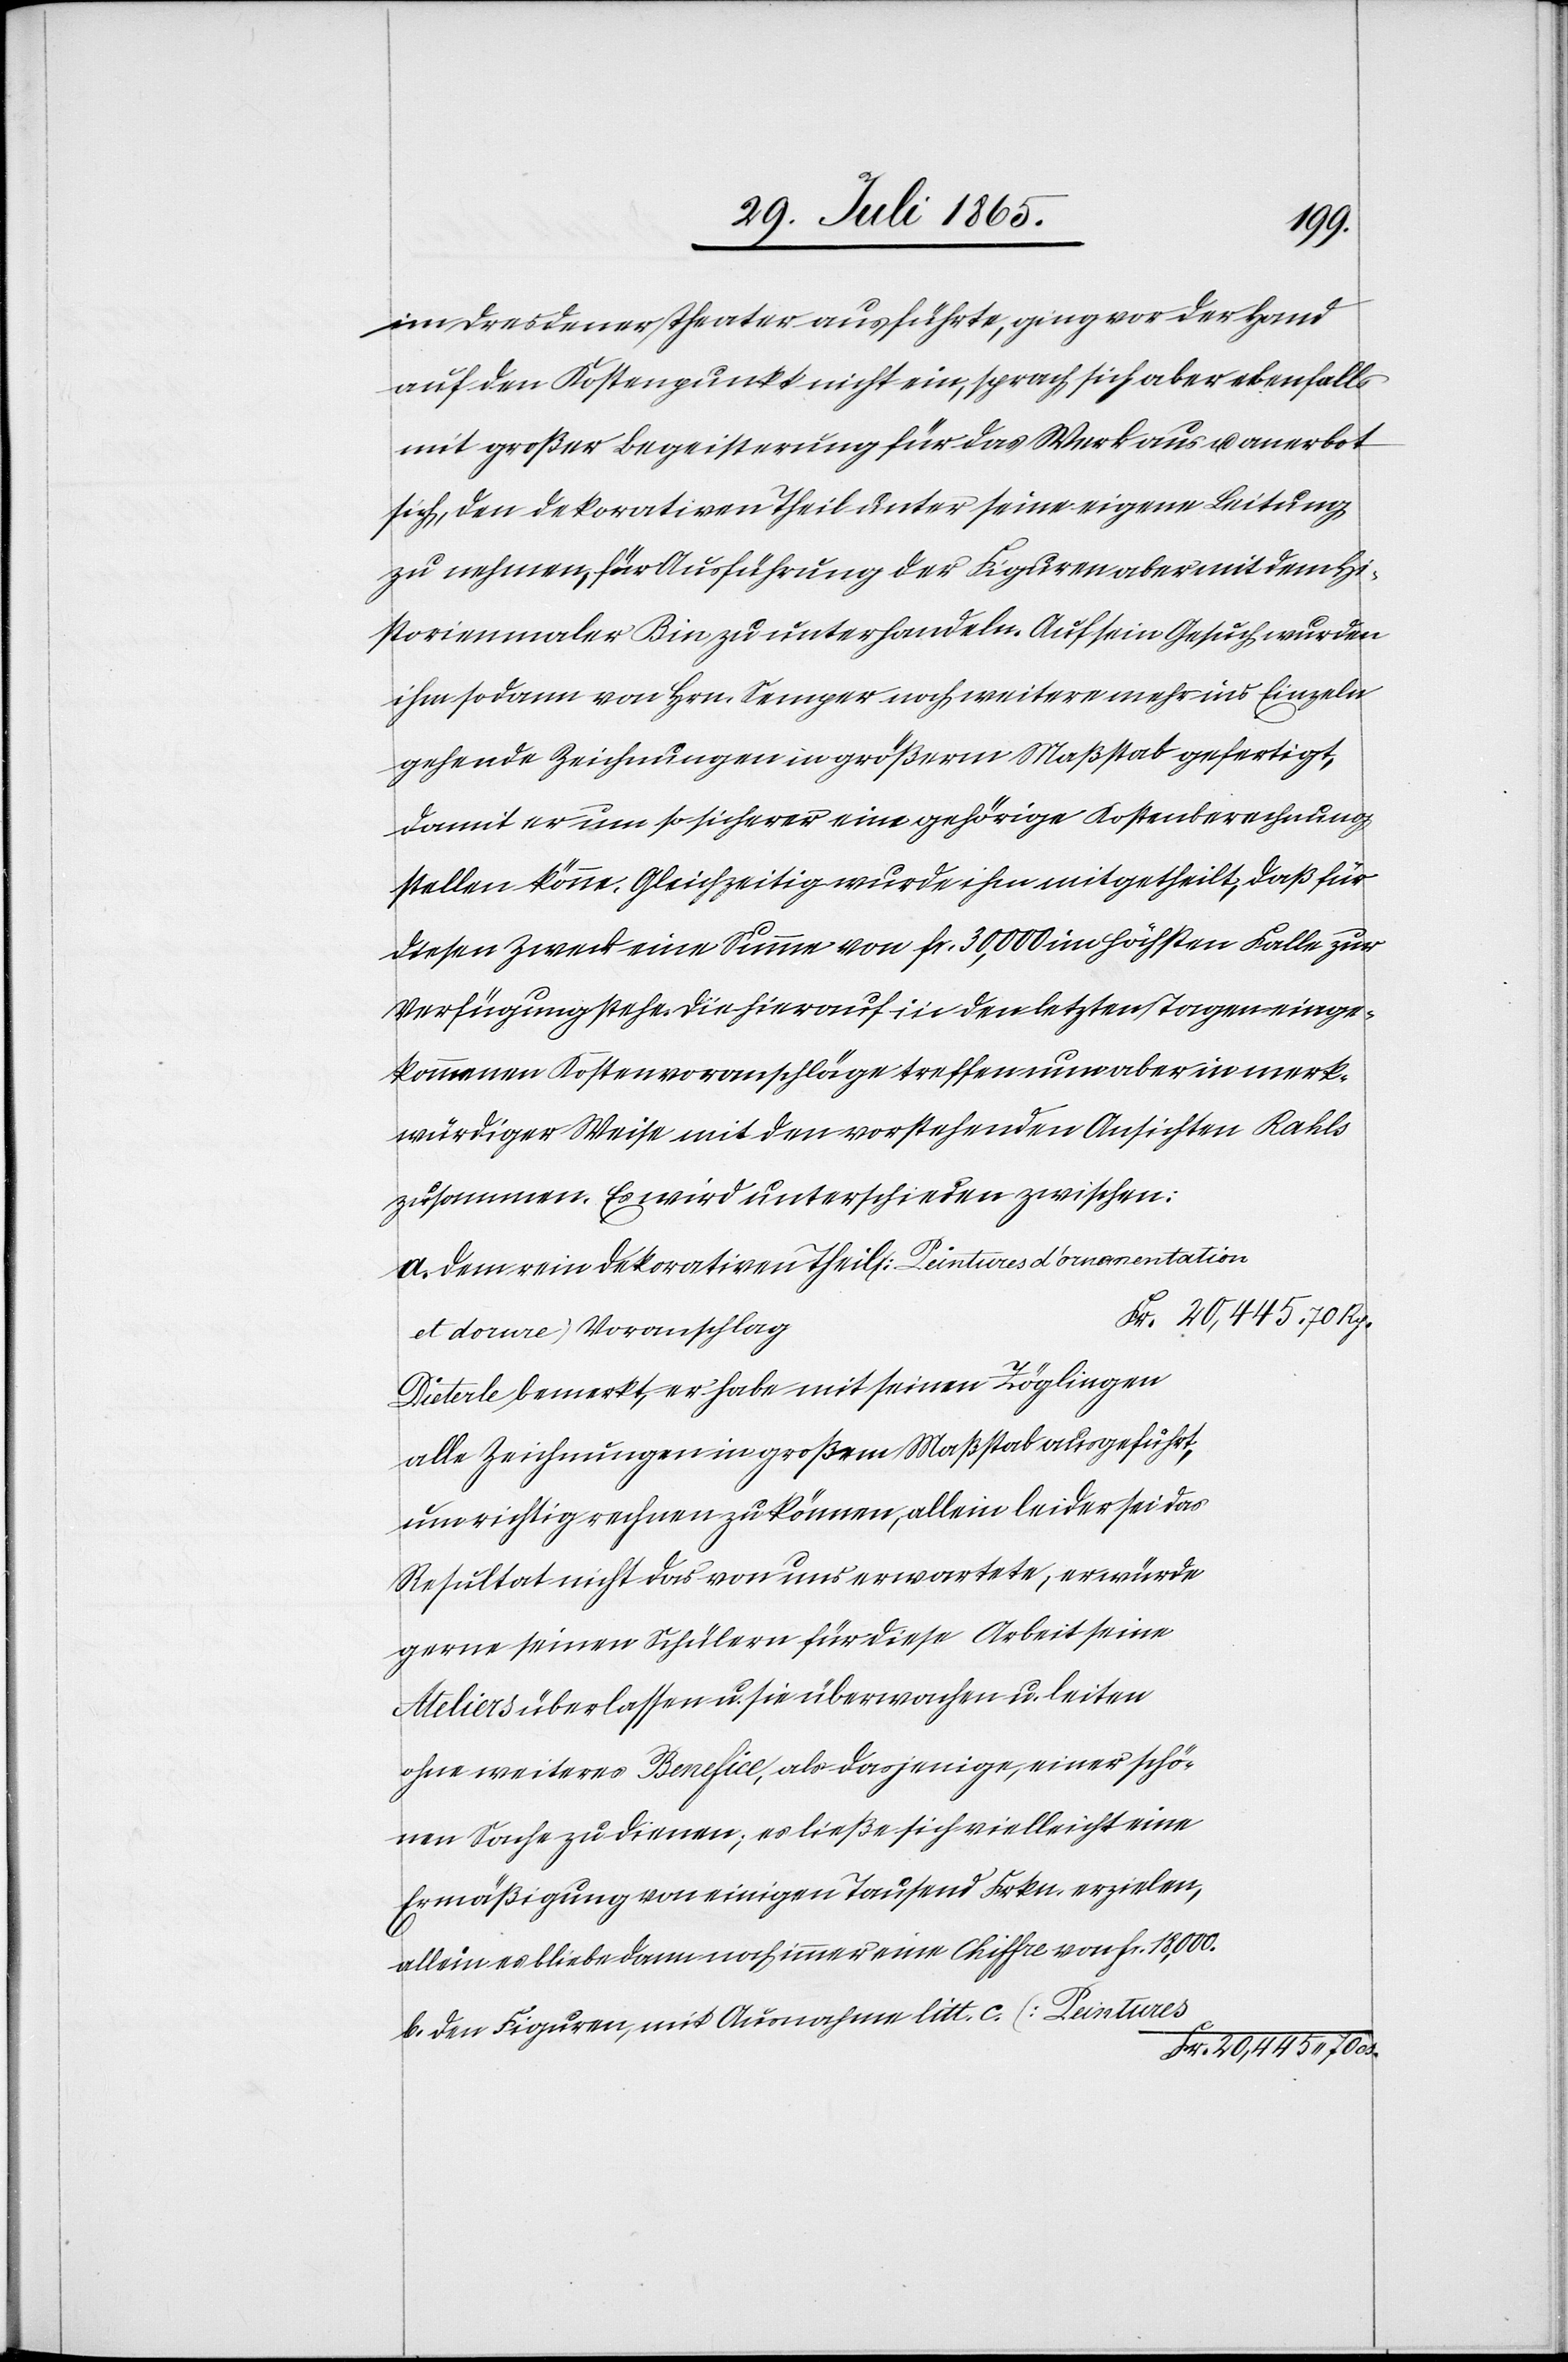
im Dresdener Theater ausführte, ging vor der Hand
auf den Kostenpunkt nicht ein, sprach sich aber ebenfalls
mit großer Begeisterung für das Werk aus u. anerbot
sich, den dekorativen Theil unter seine eigene Leitung
zu nehmen, für Ausführung der Figuren aber mit dem Hi¬
storienmaler Bin zu unterhandeln. Auf sein Gesuch wurden
ihm sodann von Hrn. Semper noch weitere mehr ins Einzeln
gehende Zeichnungen in größerm Maßstab gefertigt,
damit er um so sicherer eine gehörige Kostenberechnung
stellen könne. Gleichzeitig wurde ihm mitgetheilt, daß für
diesen Zweck eine Summe von fr. 30,000 im höchsten Falle zur
Verfügung stehe. Die hierauf in den letzten Tagen einge¬
kommenen Kostenvoranschläge treffen nun aber in merk¬
würdiger Weise mit den vorstehenden Ansichten Kahls
zusammen. Es wird unterschieden zwischen:
Dem rein dekorativen Theil [Peintures d’ornamentation
et dorure] Voranschlag
Dieterle bemerkt, er habe mit seinen Zöglingen
alle Zeichnungen in großem Maßstab ausgeführt,
um richtig rechnen zu können, allein leider sei das
Resultat nicht das von uns erwartete, er würde
gerne seinen Schülern für diese Arbeit seine
Ateliers überlassen u. sie überwachen u. leiten
ohne weiteres Benefice, als dasjenige, einer schö¬
nen Sache zu dienen; es ließe sich vielleicht eine
Ermäßigung von einigen Tausend Frkn. erzielen,
allein es bliebe dann noch immer eine Chiffre von fr. 18,000.
Den Figuren, mit Ausnahme litt. c. [Peintures